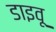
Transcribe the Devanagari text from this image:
डाइवू